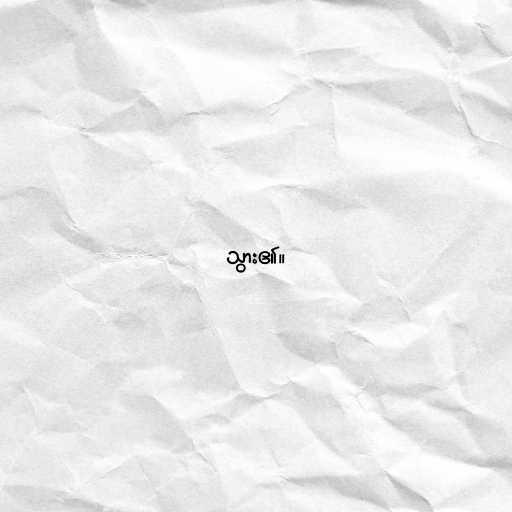
သွား၏။